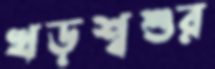
খড়শ্বশুর